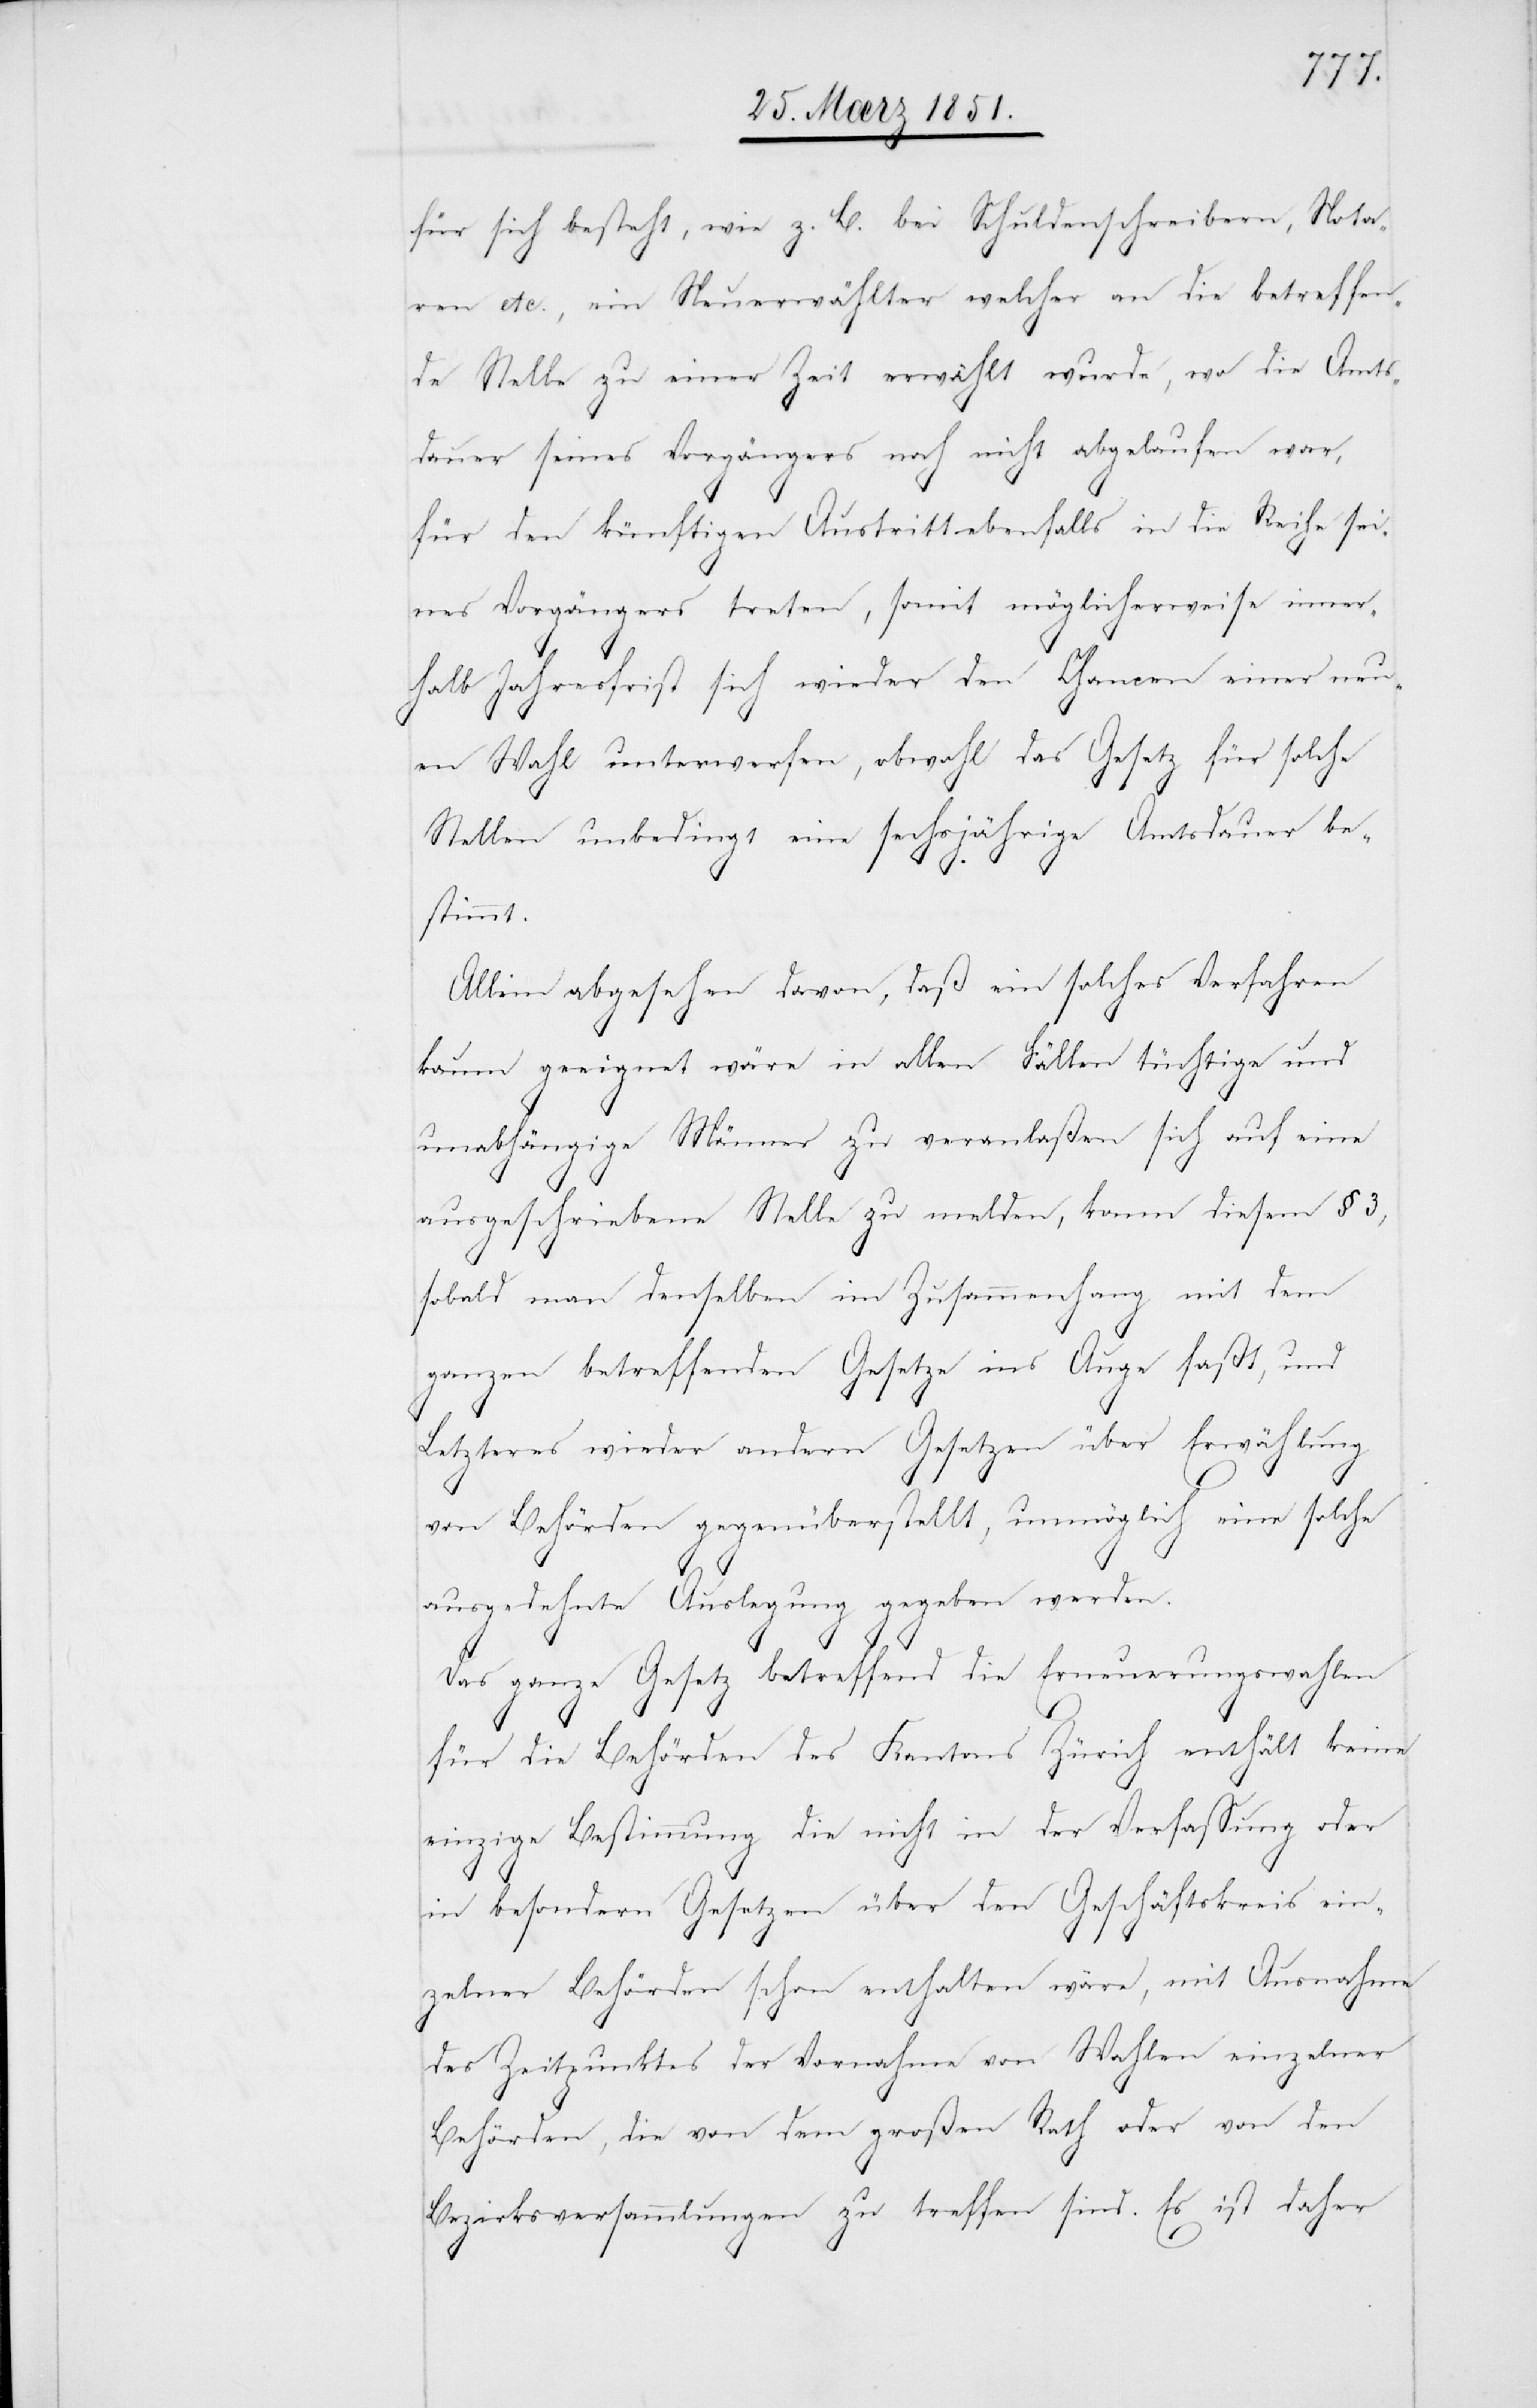
für sich besteht, wie z. B. bei Schuldenschreibern, Nota¬
ren etc., ein Neuerwählter welcher an die betreffen¬
de Stelle zu einer Zeit erwählt wurde, wo die Amts¬
dauer seines Vorgängers noch nicht abgelaufen war,
für den künftigen Austritt ebenfalls in die Reihe sei¬
nes Vorgängers treten, somit möglicherweise inner¬
halb Jahresfrist sich wieder den Chancen einer neu¬
en Wahl unterwerfen, obwohl das Gesetz für solche
Stellen unbedingt eine sechsjährige Amtsdauer be¬
stimmt.
Allein abgesehen davon, daß ein solches Verfahren
kaum geeignet wäre in allen Fällen tüchtige und
unabhängige Männer zu veranlaßen sich auf eine
ausgeschriebene Stelle zu melden, kann diesem § 3,
sobald man denselben im Zusammenhang mit dem
ganzen betreffenden Gesetze ins Auge faßt, und
Letzteres wieder andern Gesetzen über Erwählung
von Behörden gegenüberstellt, unmöglich eine solche
ausgedehnte Auslegung gegeben werden.
Das ganze Gesetz betreffend die Erneuerungswahlen
für die Behörden des Kantons Zürich enthält keine
einzige Bestimmung die nicht in der Verfassung oder
in besondern Gesetzen über den Geschäftskreis ein¬
zelner Behörden schon enthalten wäre, mit Ausnahme
des Zeitpunktes der Vornahme von Wahlen einzelner
Behörden, die von dem großen [sic!] Rath oder von den
Bezirksversammlungen zu treffen sind. Es ist daher